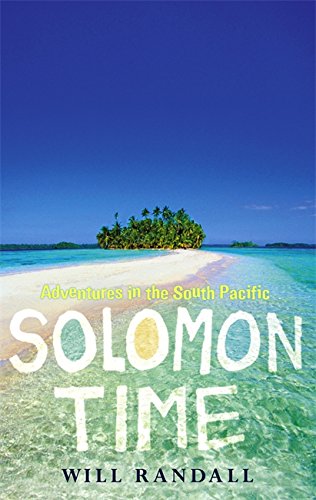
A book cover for Solomon Time: Adventures in the South Pacific; Will Randall; Travel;